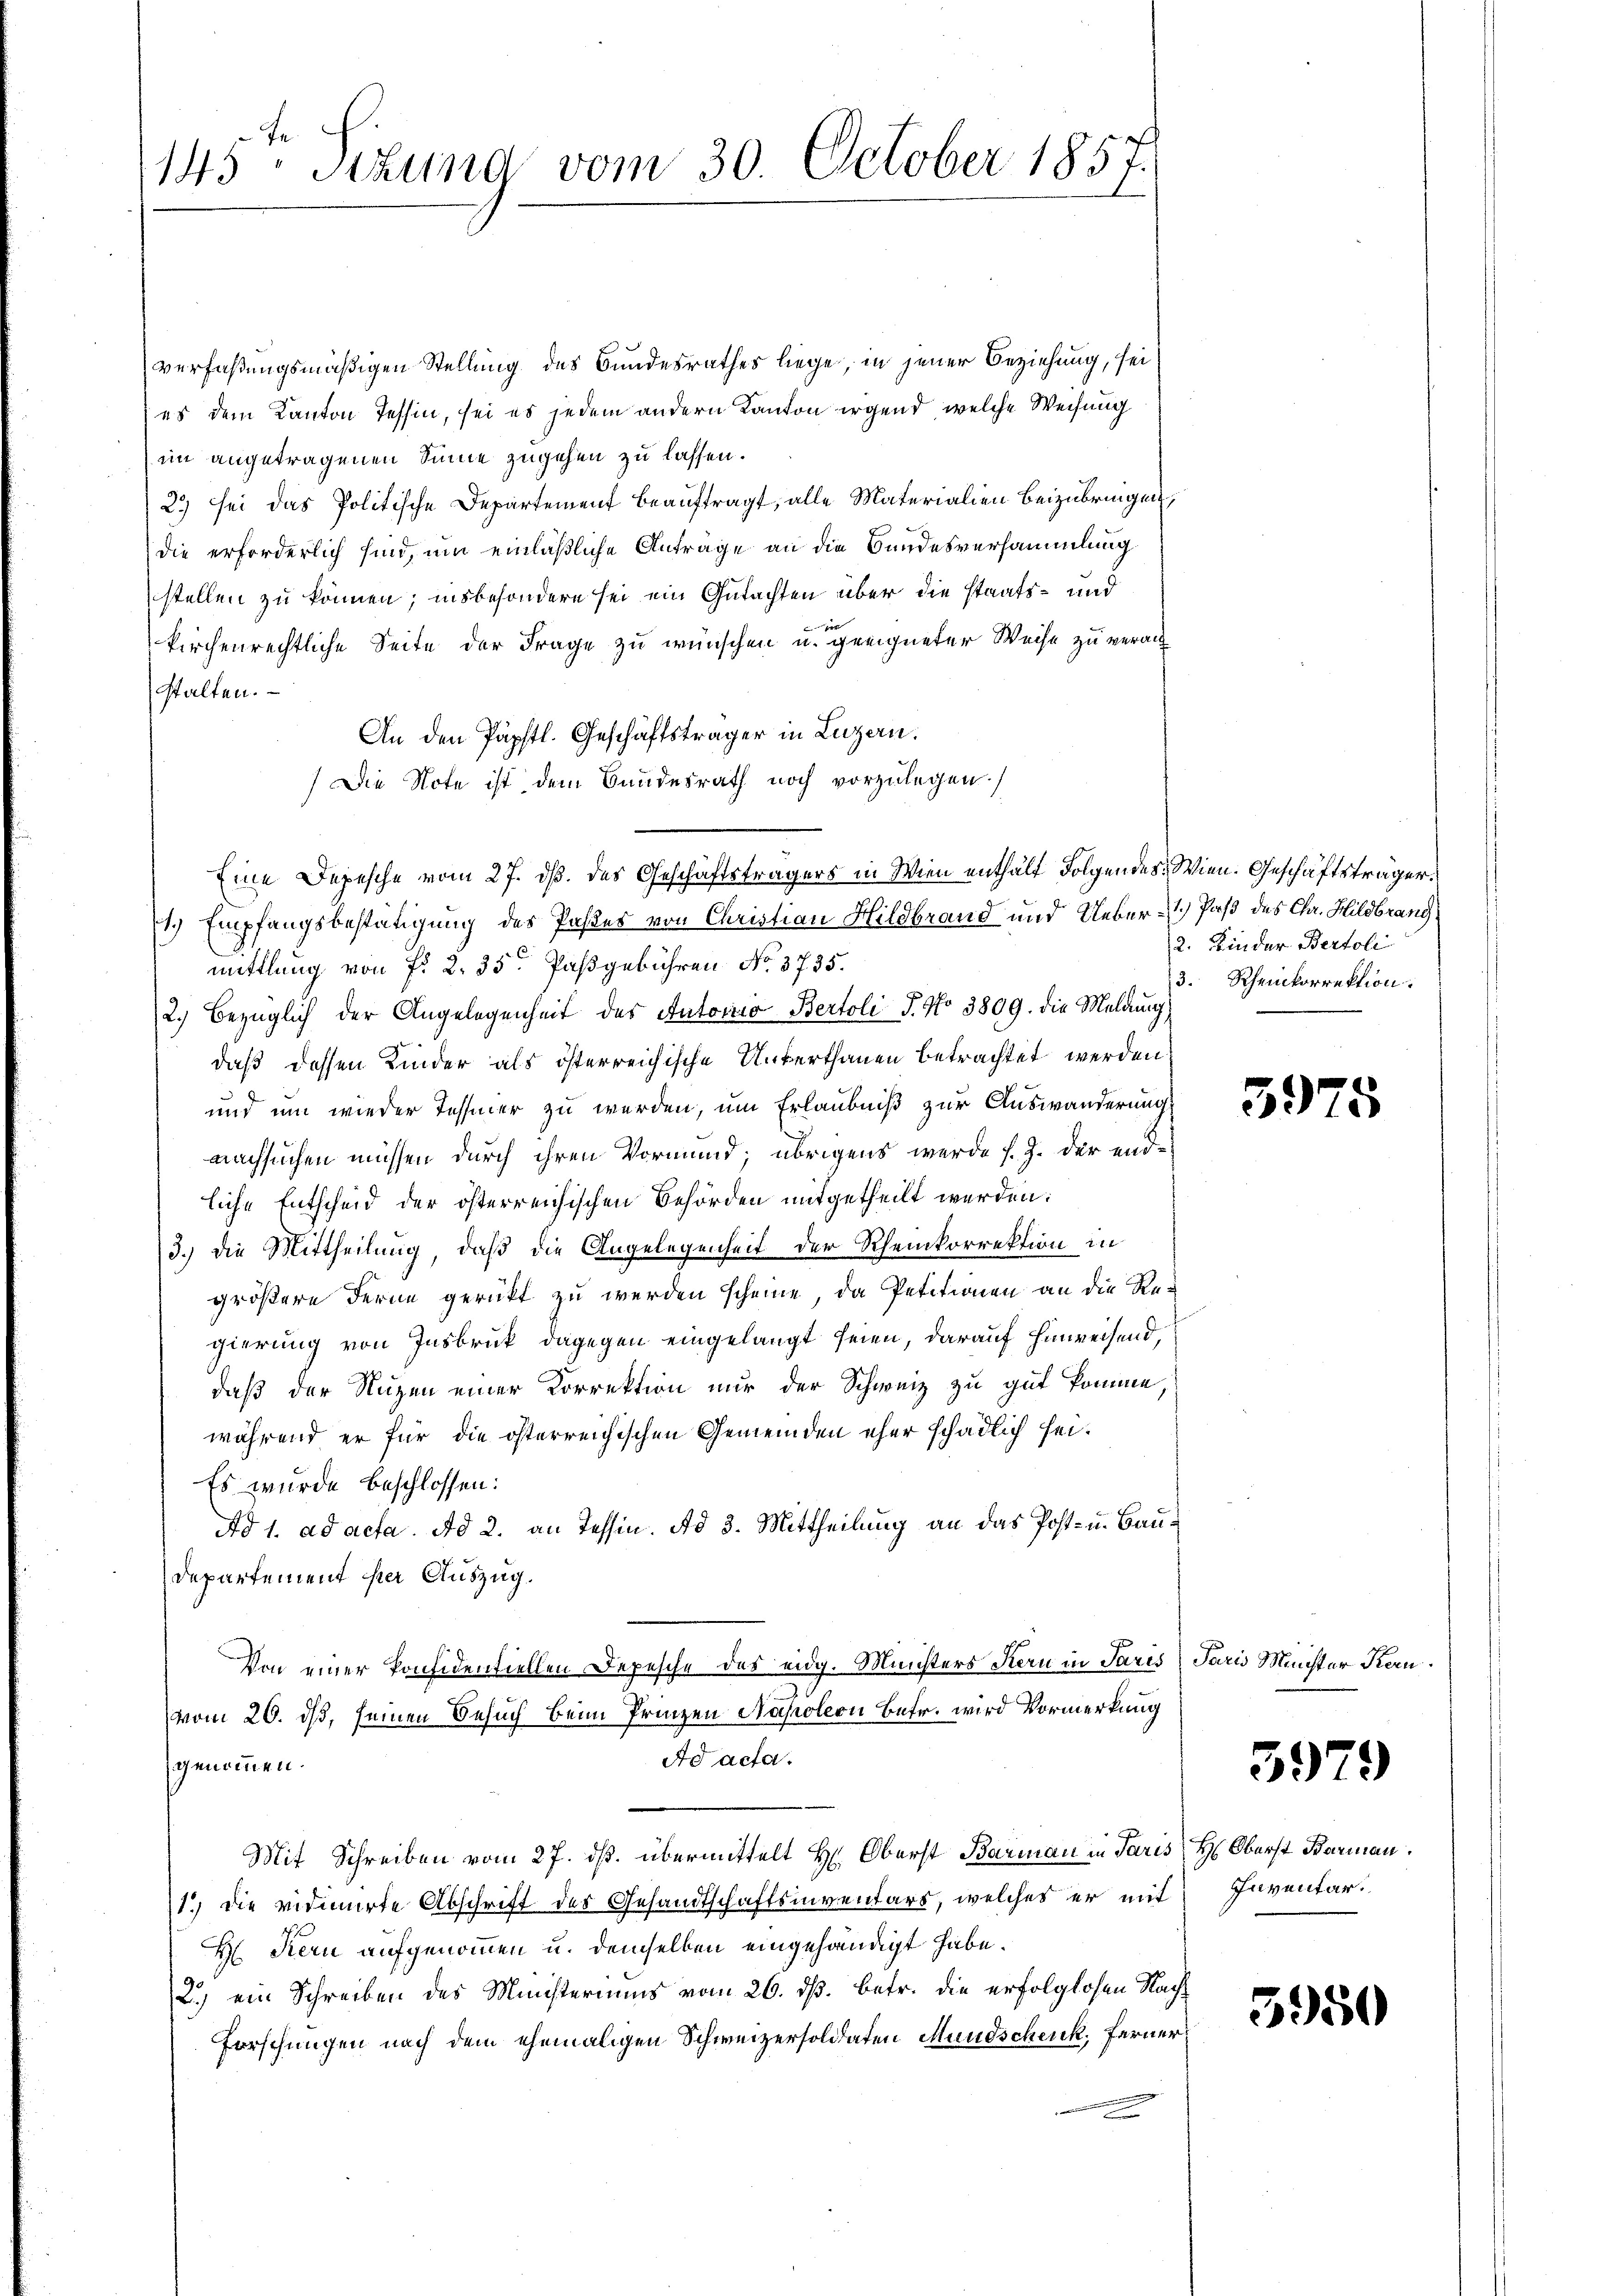
Be
143 sizung vom 30. October 1857.

verfaßungsmäßigen Stellung des Bundesrathes liege, in jener Beziehung, sei
es dem Kanton Tessin, sei es jedem andern Kanton irgend, welche Weisung
im angetragenen Sinne zugehen zu lassen.
2.) sei das Politische Departement beauftragt, alle Materialien beizubringen,
die erforderlich sind, um einläßliche Anträge an die Bundesversammlung
stellen zu können; insbesondere sei ein Gutachten über die staats- und
e
kirchenrechtliche Seite der Frage zu wünschen u. geeigneter Weise zu veranstalten.
An den Päpftl. Geschäftsträger in Luzern.
Die Note ist dem Bundesrath noch vorzulegen.
Eine Depesche vom 27. ds. des Geschäftsträgers in Wien enthält Folgendes: Wien. Geschäftsträger
1.) Empfangsbestätigung des Pastes von Christian Hildbrand und Ueber 1.) Paß des Chr. Hildbrang
mittlung von f. 2. 35. Paßgebühren No 3735.
2.) Bezüglich der Angelegenheit des Autorio Bertoli P. No 3809. die Meldung
daß dessen Kinder als österreichische Unterthanen betrachtet werden,
und um wieder Tessier zu werden, um Erlaubniß zur Auswanderung
nachsuchen müssen durch ihren Vormund, übrigens werde s. Z. der endliche Entscheid der österreichischen Behörden mitgetheilt werden:
3.) Die Mittheilung, daß die Angelegenheit der Rheinkorrektion in
größere Ferne gerückt zu werden scheine, da Petitionen an die Re-
gierung von Insbruck dagegen eingelangt seien, darauf hinweisend,
daß der Nutzen einer Korrektion nur der Schweiz zu gut komme,
während er für die österreichischen Gemeinden eher schädlich sei¬
Es wurde beschlossen:
Ad 1. ad acta. Ad 2. an Tessin. Ad 3. Mittheilung an das Post- u. Bau¬
Departement sei Auszug.
Von einer Ponfidentiellen Depesche des eidg. Ministers Forn in Paris Paris Minister Komvom 26. ds, seinen Besuch beim Prinzen Napoleon Befr. wird Vormerkung
Ad acta.
genommen.
Mit Schreiben vom 27. ds. übermittelt Hr. Oberst Barmann in Paris
1.) Die vidimirte Abschrift des Gesandtschaftsinventars, welches er mit
Kern aufgenommen u. demselben eingehändigt habe.
2.) ein Schreiben des Ministeriums vom 26. dß. betr. die erfolglosen Nach¬
Forschungen nach dem ehemaligen Schweizersoldaten Mundschenk, Ferner

2. Kinder Bertoli
3. Rheinkorrektion.

5975

5979

H. Oberst Barmann.
Inventar.

3950